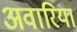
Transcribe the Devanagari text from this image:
अवारिया